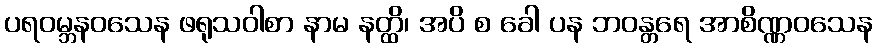
ပရဝမ္ဘနဝသေန ဖရုသဝါစာ နာမ နတ္ထိ၊ အပိ စ ခေါ ပန ဘဝန္တရေ အာစိဏ္ဏဝသေန